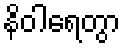
နိဝါရေတွာ